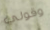
وقولي